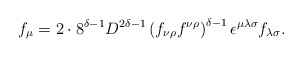
\begin{align*}f_{\mu } =2 \cdot 8^{\delta -1} D^{2\delta -1}\left(f_{ \nu \rho} f^{\nu \rho } \right)^{\delta -1} \epsilon^{\mu\lambda \sigma } f_{\lambda \sigma }.\end{align*}